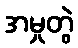
အမှုတွဲ